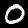
Digit: 0